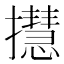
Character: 㩨